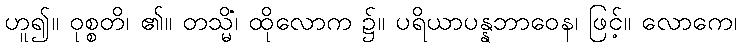
ဟူ၍။ ဝုစ္စတိ၊ ၏။ တသ္မိံ၊ ထိုလောက ၌။ ပရိယာပန္နဘာဝေန၊ ဖြင့်။ လောကေ၊